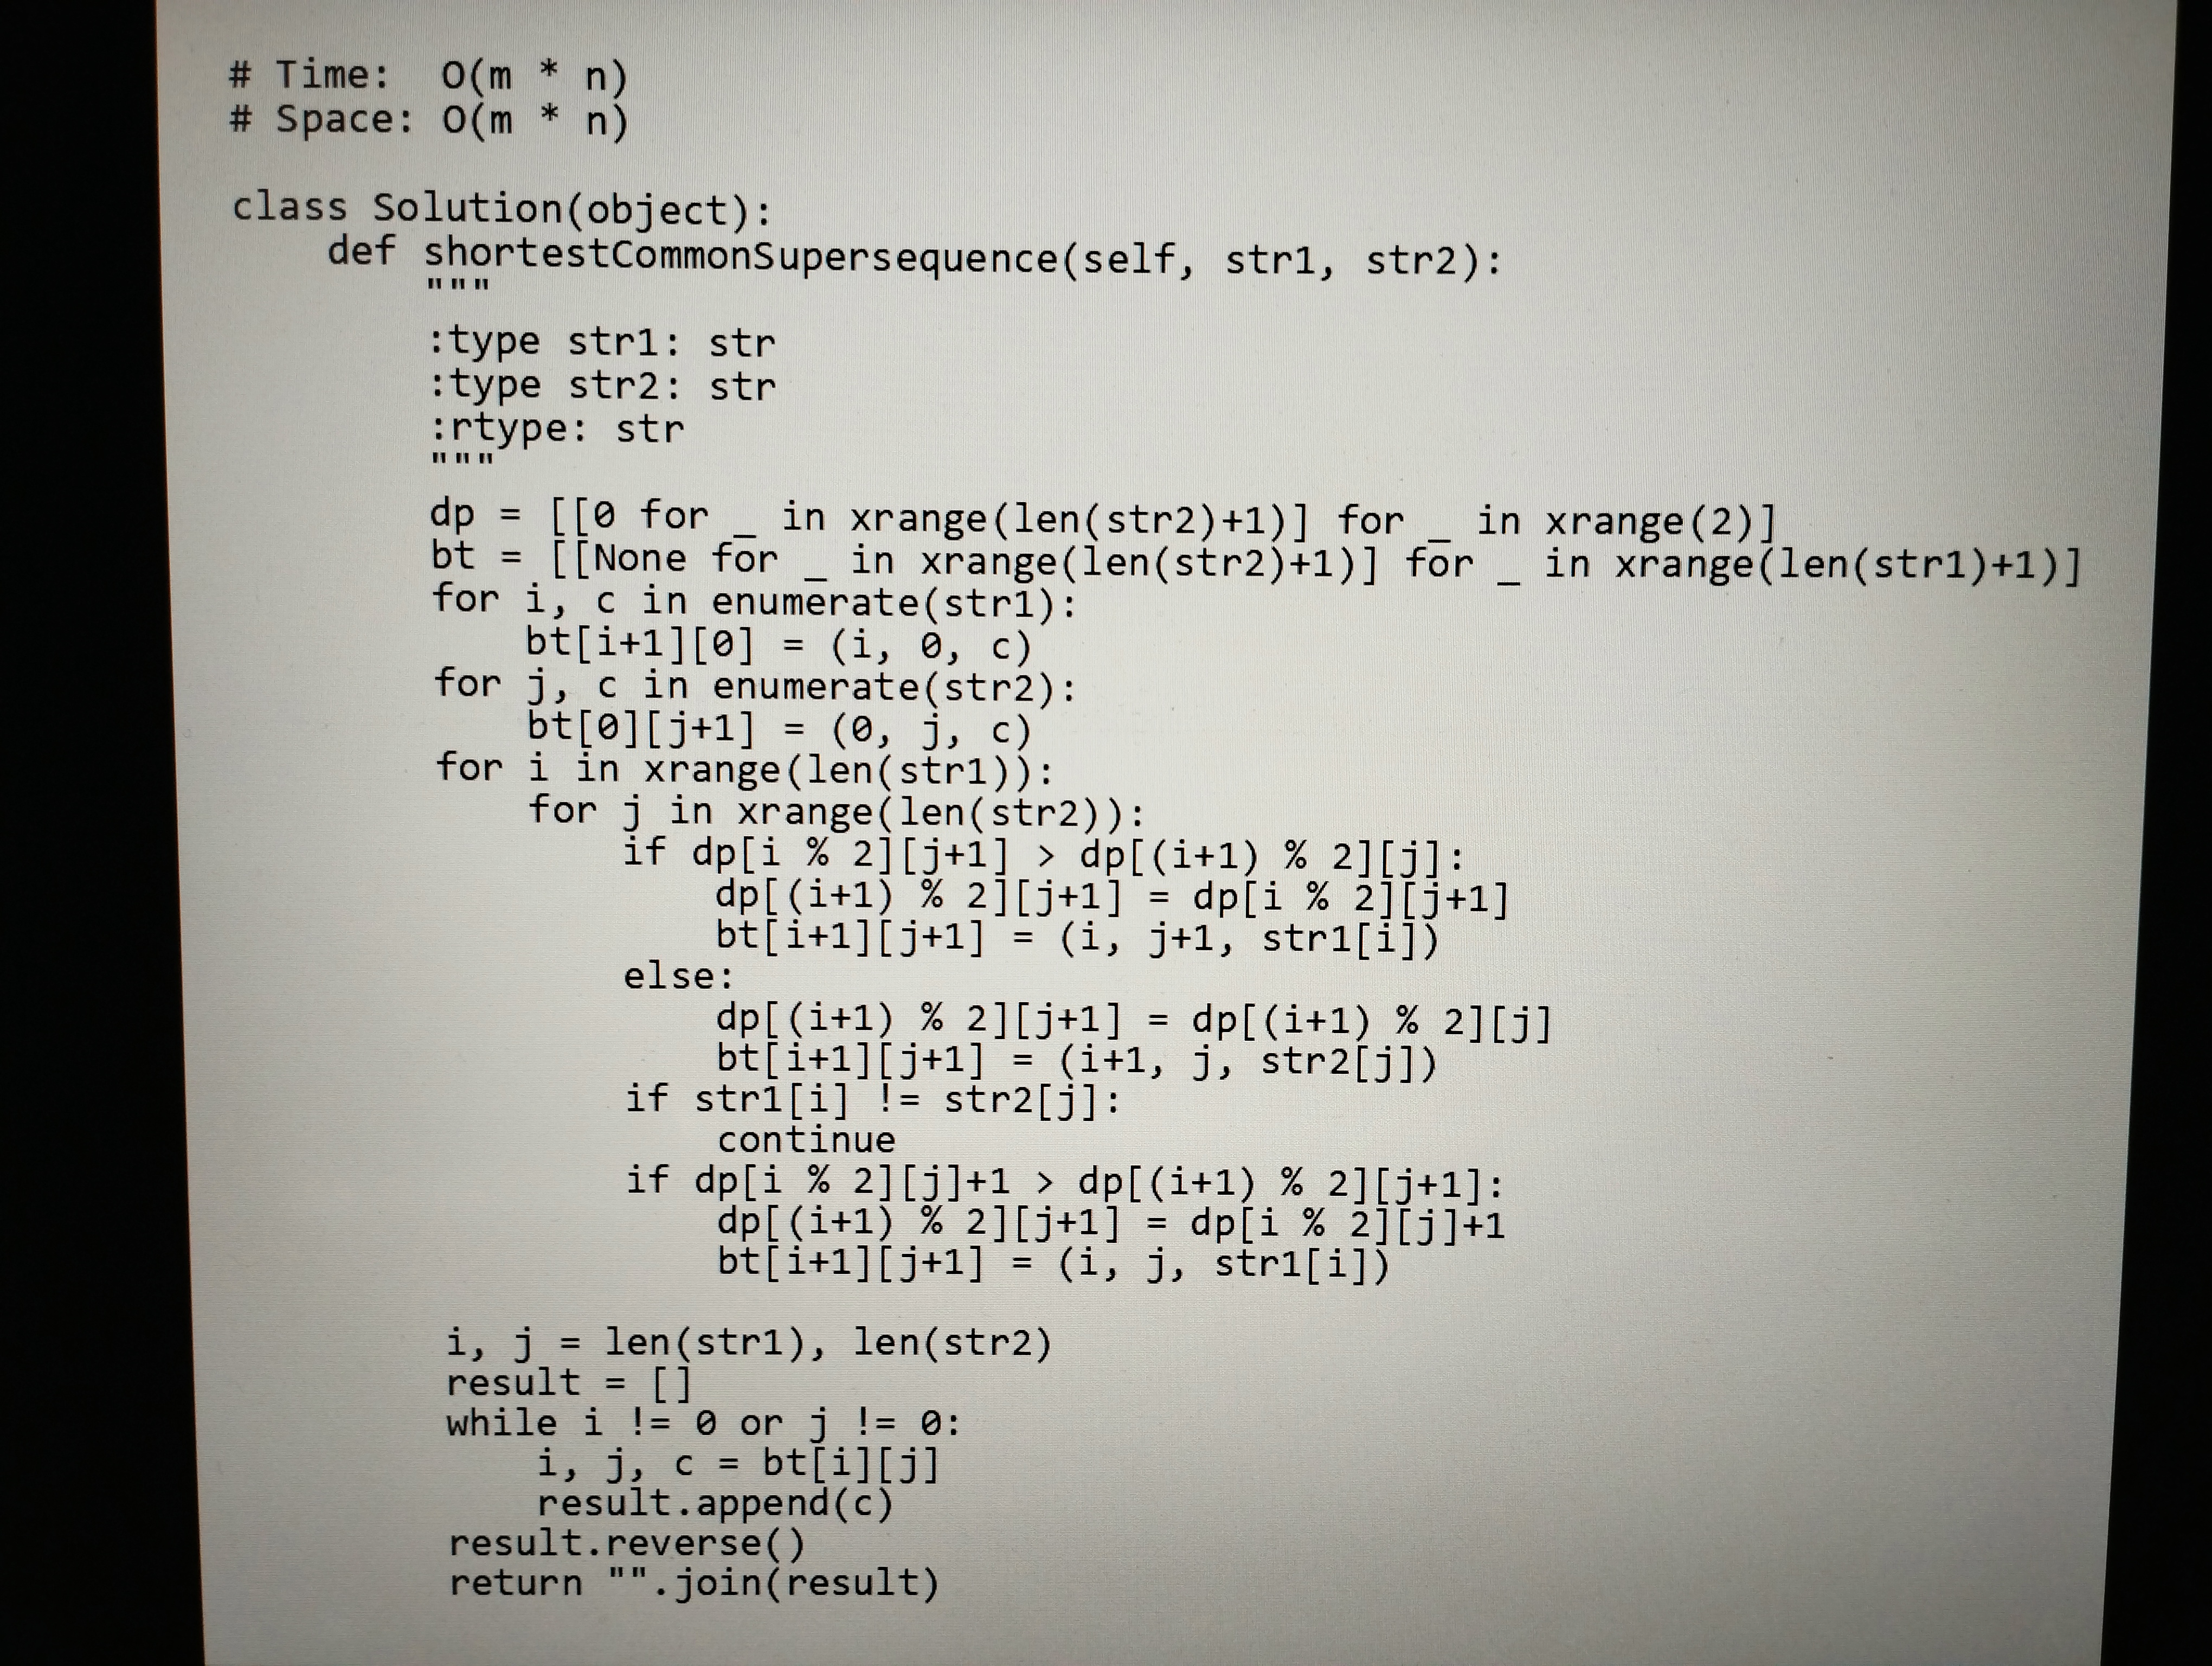
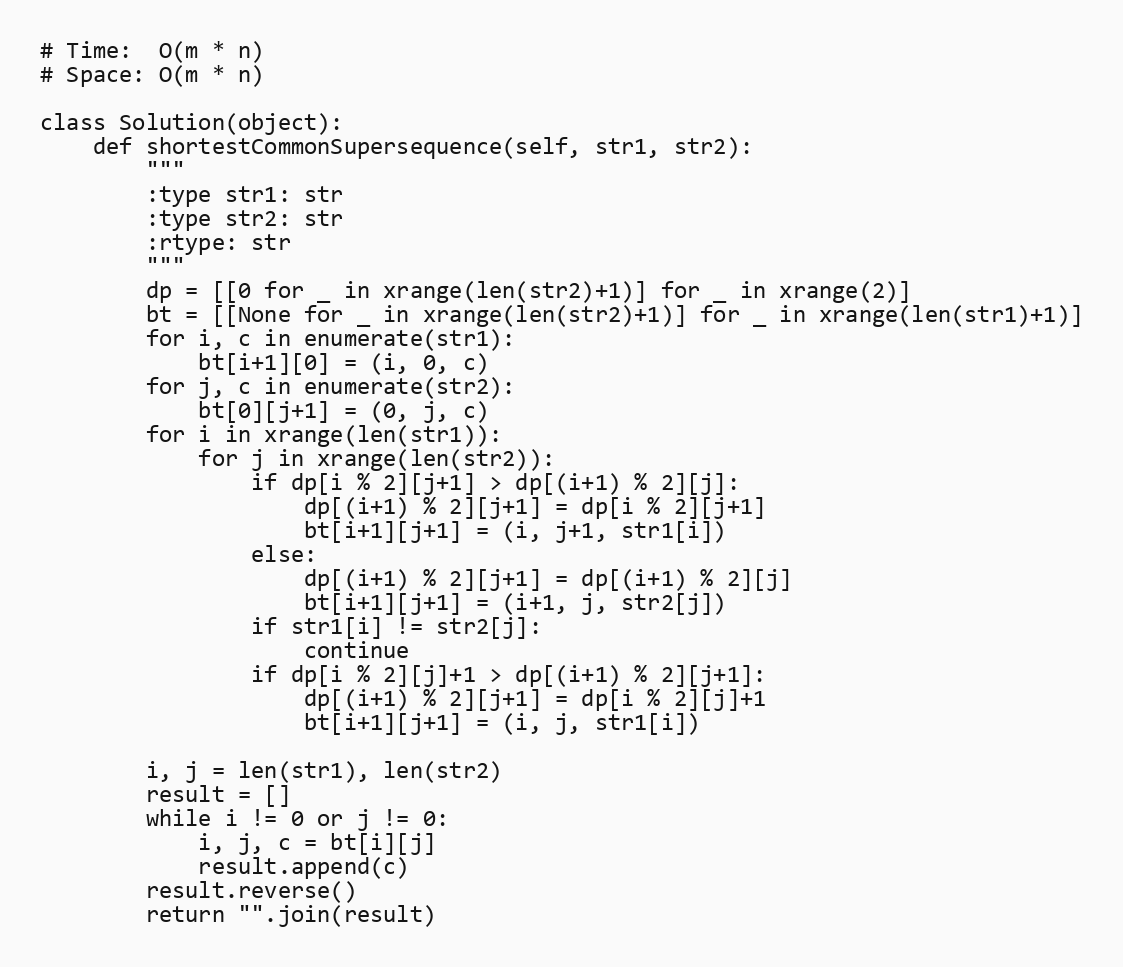
# Time:  O(m * n)
# Space: O(m * n)

class Solution(object):
    def shortestCommonSupersequence(self, str1, str2):
        """
        :type str1: str
        :type str2: str
        :rtype: str
        """
        dp = [[0 for _ in xrange(len(str2)+1)] for _ in xrange(2)]
        bt = [[None for _ in xrange(len(str2)+1)] for _ in xrange(len(str1)+1)]
        for i, c in enumerate(str1):
            bt[i+1][0] = (i, 0, c)
        for j, c in enumerate(str2):
            bt[0][j+1] = (0, j, c)
        for i in xrange(len(str1)):
            for j in xrange(len(str2)):
                if dp[i % 2][j+1] > dp[(i+1) % 2][j]:
                    dp[(i+1) % 2][j+1] = dp[i % 2][j+1]
                    bt[i+1][j+1] = (i, j+1, str1[i])
                else:
                    dp[(i+1) % 2][j+1] = dp[(i+1) % 2][j]
                    bt[i+1][j+1] = (i+1, j, str2[j])
                if str1[i] != str2[j]:
                    continue
                if dp[i % 2][j]+1 > dp[(i+1) % 2][j+1]:
                    dp[(i+1) % 2][j+1] = dp[i % 2][j]+1
                    bt[i+1][j+1] = (i, j, str1[i])

        i, j = len(str1), len(str2)
        result = []
        while i != 0 or j != 0:
            i, j, c = bt[i][j]
            result.append(c)
        result.reverse()
        return "".join(result)